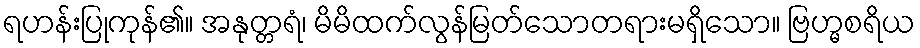
ရဟန်းပြုကုန်၏။ အနုတ္တရံ၊ မိမိထက်လွန်မြတ်သောတရားမရှိသော။ ဗြဟ္မစရိယ